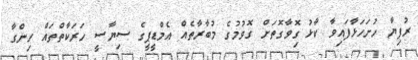
ރުފިޔާ ހުށަހަޅާފައިވާ ކާޅު ގިޮވާގޮތަށް ގޮވުމުގެ މުބާރާތެއް އެމްޑީޕީގެ ސިޔާސީ ހަރަކާތްތައް ހިންގާ